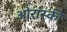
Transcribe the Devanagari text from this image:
ओरांस्की